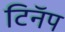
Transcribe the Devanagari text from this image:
टिनॅप